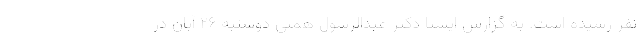
نفر رسیده است. به گزارش ایسنا دکتر عبدالرسول همتی دوشنبه ۲۶ آبان در